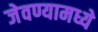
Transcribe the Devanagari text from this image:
जेवण्यामध्ये